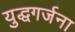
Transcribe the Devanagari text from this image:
युद्धगर्जना